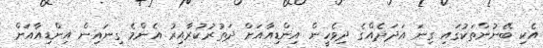
އެކި ބޭނުންތަކުގައި ގިނަ އަދަދެއްގެ ދިވެހީން އިންޑިއާއަށް ދަތުރުކުރާއިރު އެންމެ ގިނައިން އިންޑިއާއަށް